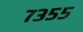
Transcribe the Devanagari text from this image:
७३५५